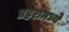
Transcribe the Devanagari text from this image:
प्रहरामध्ये